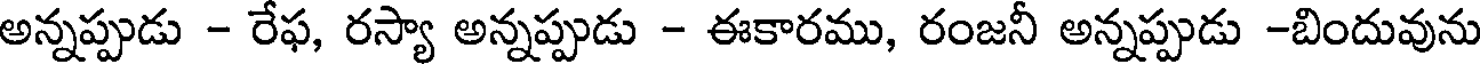
అన్నప్పుడు - రేఫ, రస్యా అన్నప్పుడు - ఈకారము, రంజనీ అన్నప్పుడు -బిందువును